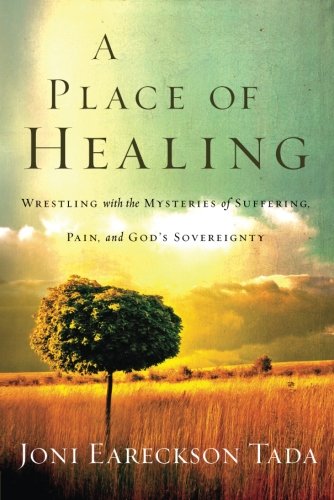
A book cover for A Place of Healing: Wrestling with the Mysteries of Suffering, Pain, and God's Sovereignty; Joni Eareckson Tada; Christian Books & Bibles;